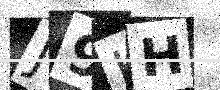
Text: J9HH